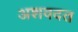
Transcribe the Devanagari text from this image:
अशवदत